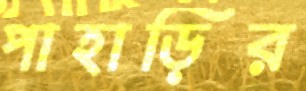
পাহাড়ির